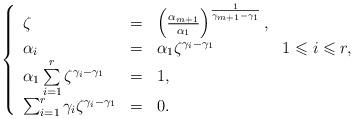
LaTeX: \begin{align*}\left\lbrace \begin{array}{lllll}\zeta &= & \left(\frac{\alpha_{m+1}}{\alpha_1}\right)^{\frac{1}{\gamma_{m+1}-\gamma_1}}, \\ \alpha_i & = & \alpha_1\zeta^{\gamma_i-\gamma_1}& 1\leqslant i \leqslant r, \\\alpha_1 \sum\limits_{i=1}^r \zeta^{\gamma_i-\gamma_1} & = & 1, \\ \sum_{i=1}^r \gamma_i \zeta^{\gamma_i-\gamma_1} & = & 0. \end{array}\right.\end{align*}